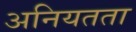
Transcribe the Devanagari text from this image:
अनियतता